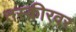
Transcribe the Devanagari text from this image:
तस्कीरवर